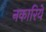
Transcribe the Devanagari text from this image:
नकारिये